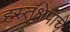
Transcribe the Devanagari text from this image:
हस्तक्षेपाचे